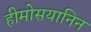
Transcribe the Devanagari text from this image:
हीमोसयानिन